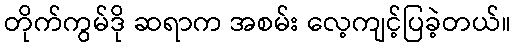
တိုက်ကွမ်ဒို ဆရာက အစမ်း လေ့ကျင့်ပြခဲ့တယ်။